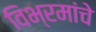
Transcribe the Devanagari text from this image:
विभ्रमांचे